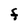
Character: F